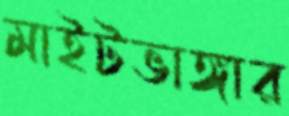
মাইটভাঙ্গার